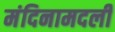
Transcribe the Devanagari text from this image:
मंदिनामदली